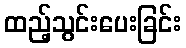
ထည့်သွင်းပေးခြင်း